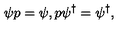
\psi p = \psi , p \psi ^ { \dagger } = \psi ^ { \dagger } ,